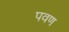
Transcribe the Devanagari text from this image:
पवण